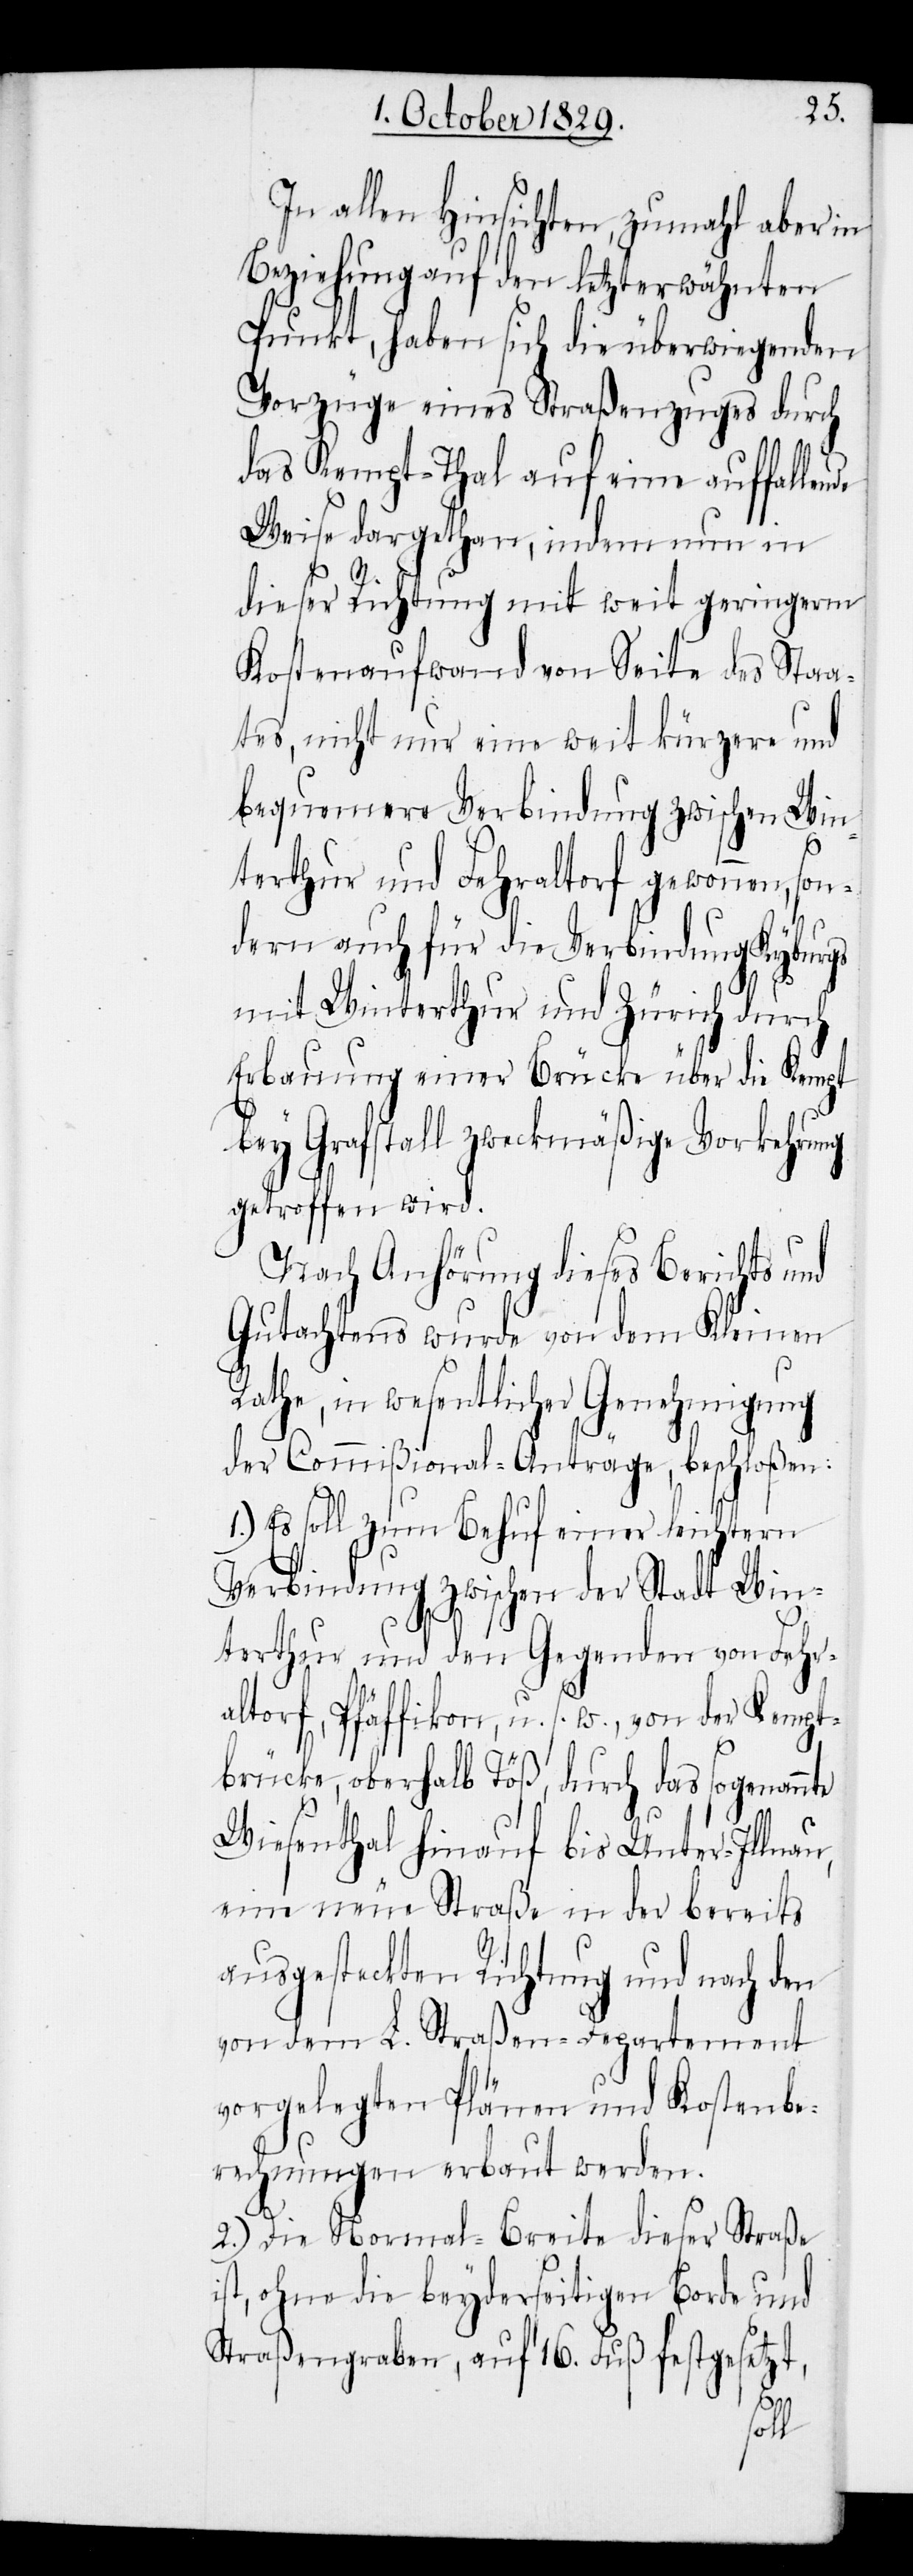
In allen Hinsichten, zumahl aber in
Beziehung auf den letzterwähnten
Punkt, haben sich die überwiegenden
Vorzüge eines Straßenzuges durch
das Kempt-Thal auf eine auffalle¬
Weise dargethan, indem nun in
dieser Richtung mit weit geringerm
Kostenaufwand von Seite des Staa¬
tes, nicht nur eine weit kürzere und
bequemere Verbindung zwischen Win¬
terthur und Fehraltorf gewonnen, son¬
dern auch für die Verbindung Kyburgs
mit Winterthur und Zürich durch
Erbauung einer Brücke über die Kempt
bey Grafstall zweckmäßige Vorkehrung
getroffen wird.
Nach Anhörung dieses Berichts und
Gutachtens wurde von dem Kleinen
Rathe, in wesentlicher Genehmigung
der Commißional-Anträge, beschloßen:
Es soll zum Behuf einer leichtern
Verbindung zwischen der Stadt Win¬
terthur und den Gegenden von Fehr¬
altorf, Pfäffikon, u. s. w., von der Kempt¬
brücke, oberhalb Töß, durch das sogenann¬
Wiesenthal hinauf bis Under-Illnau,
eine neue Straße in der bereits
ausgesteckten Richtung und nach den
von dem L. Straßen-Departement
vorgelegten Plänen und Kostenbe¬
rechnungen erbaut werden.
2.) Die Normal-Breite dieser Straße
ist, ohne die beyderseitigen Borde und
Straßengraben, auf 16. Fuß festgesetzt,
te